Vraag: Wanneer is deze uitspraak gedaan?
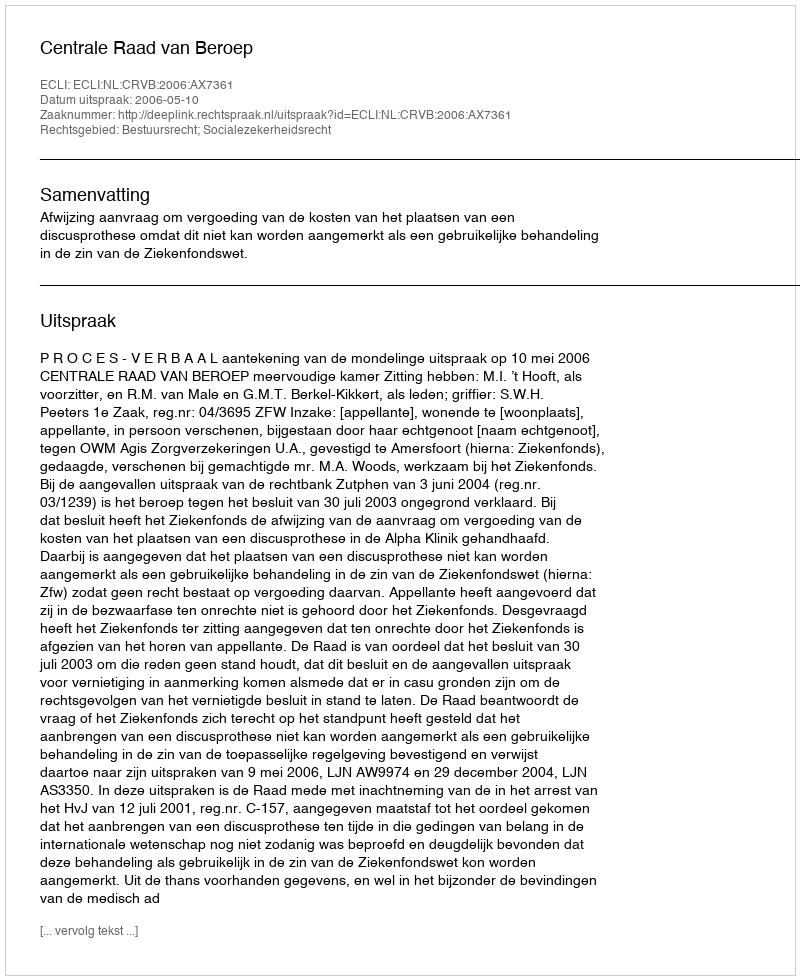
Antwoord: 2006-05-10